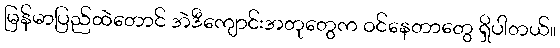
မြန်မာပြည်ထဲတောင် အဲဒီကျောင်းအတုတွေက ဝင်နေတာတွေ ရှိပါတယ်။